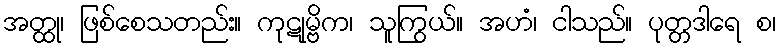
အတ္ထု၊ ဖြစ်စေသတည်း။ ကုဋုမ္ဗိက၊ သူကြွယ်။ အဟံ၊ ငါသည်။ ပုတ္တဒါရေ စ၊